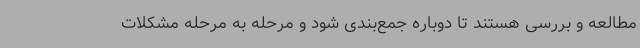
مطالعه و بررسی هستند تا دوباره جمع‌بندی شود و مرحله به مرحله مشکلات